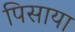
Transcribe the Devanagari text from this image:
पिसाया